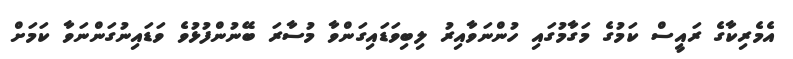
އެމެރިކާގެ ރައީސް ކަމުގެ މަގާމުގައި ހުންނަވާއިރު ލިބިވަޑައިގަންވާ މުސާރަ ބޭނުންފުޅުވެ ވަޑައިނުގަންނަވާ ކަމަށް